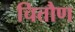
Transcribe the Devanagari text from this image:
चित्तौण